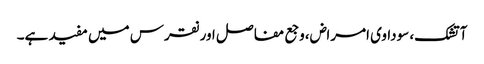
آتشک، سوداوی امراض،وجع مفاصل اور نقرس میں مفید ہے۔